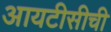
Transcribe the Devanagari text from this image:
आयटीसीची